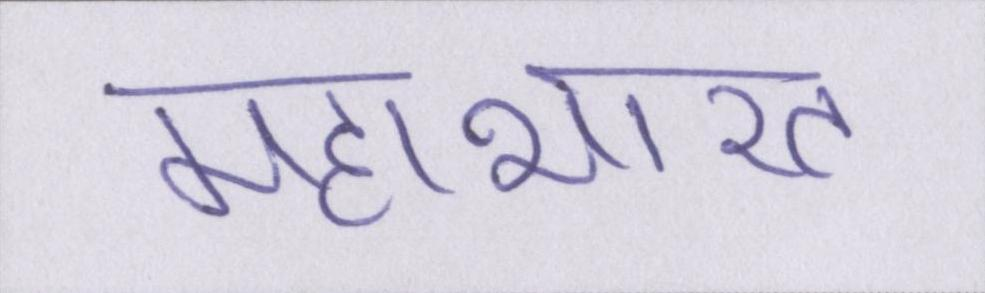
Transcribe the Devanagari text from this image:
महाभारत